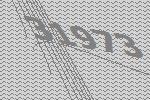
31973